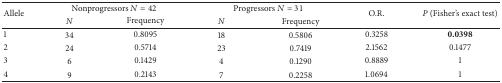
<table><thead><tr><td rowspan="2"><b>Allele</b></td><td colspan="2"><b>Nonprogressors <i>N</i> = 42</b></td><td colspan="2"><b>Progressors <i>N</i> = 31</b></td><td rowspan="2"><b>O.R.</b></td><td rowspan="2"><b><i>P</i> (Fisher&#x27;s exact test)</b></td></tr><tr><td><b><i>N </i></b></td><td><b>Frequency</b></td><td><b><i>N </i></b></td><td><b>Frequency</b></td></tr></thead><tbody><tr><td>1</td><td>34</td><td>0.8095</td><td>18</td><td>0.5806</td><td>0.3258</td><td><b>0.0398</b></td></tr><tr><td>2</td><td>24</td><td>0.5714</td><td>23</td><td>0.7419</td><td>2.1562</td><td>0.1477</td></tr><tr><td>3</td><td>6</td><td>0.1429</td><td>4</td><td>0.1290</td><td>0.8889</td><td>1</td></tr><tr><td>4</td><td>9</td><td>0.2143</td><td>7</td><td>0.2258</td><td>1.0694</td><td>1</td></tr></tbody></table>